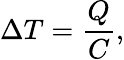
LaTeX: \Delta T=\frac{Q}{C},